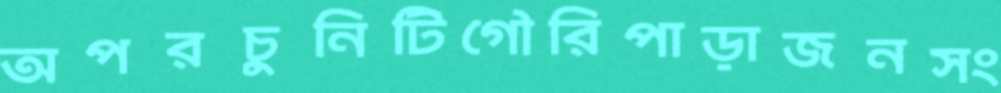
অপরচুনিটিগৌরিপাড়াজনসং